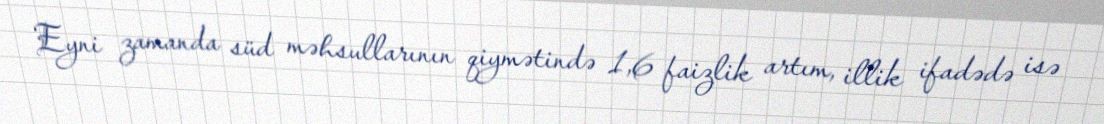
Eyni zamanda süd məhsullarının qiymətində 1,6 faizlik artım, illik ifadədə isə